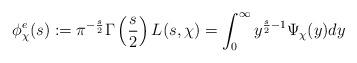
LaTeX: \begin{align*}\phi_{\chi}^e(s):=\pi^{-\frac{s}{2}}\Gamma\left(\frac{s}{2}\right)L(s,\chi) = \int_{0}^{\infty} y^{\frac{s}{2}-1} \Psi_{\chi}(y) dy \end{align*}